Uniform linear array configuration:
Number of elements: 64
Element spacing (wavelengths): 0.5
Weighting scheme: cosine
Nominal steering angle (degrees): -15
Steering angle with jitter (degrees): -16.426
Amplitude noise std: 0.05
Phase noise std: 0.05

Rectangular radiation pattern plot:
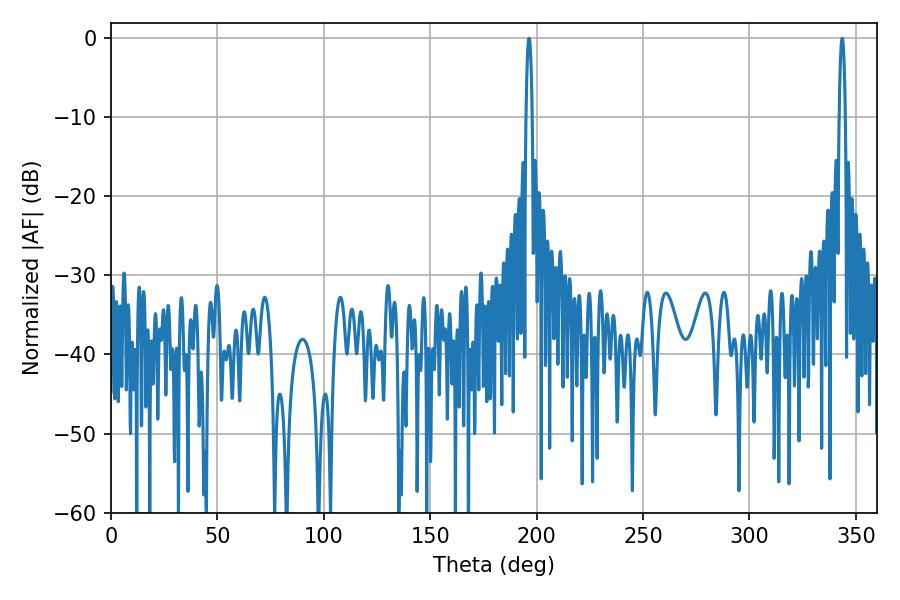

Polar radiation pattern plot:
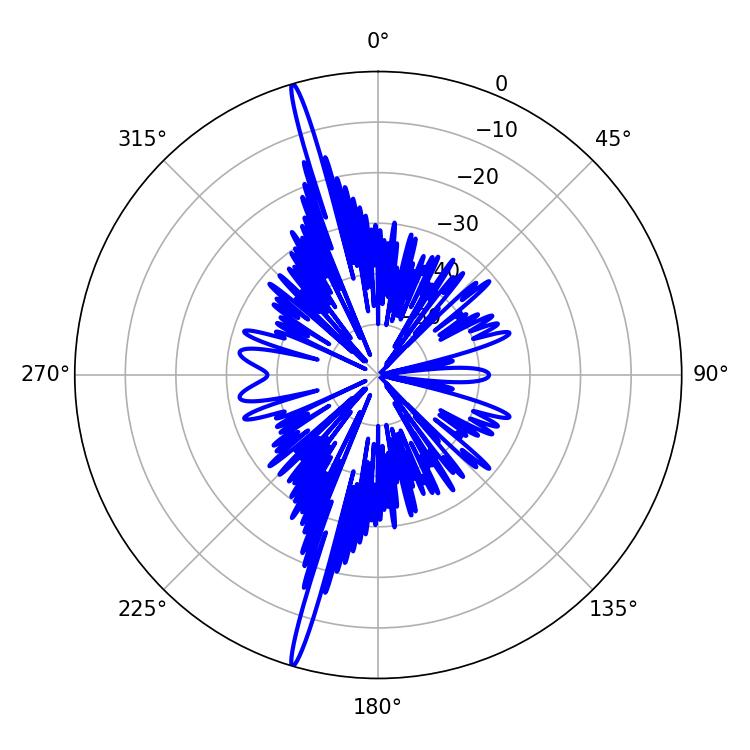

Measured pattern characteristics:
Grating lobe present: FALSE
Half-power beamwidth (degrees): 1.62
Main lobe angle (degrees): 196.38